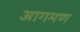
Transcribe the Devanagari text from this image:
आगमण